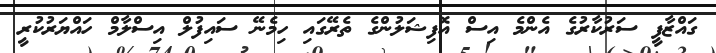
ގައްޒާފީ ސަރުކާރުގެ އެންމެ އިސް އޮފިޝަލުންގެ ތެރޭގައި ހިމެނޭ ސައިފުލް އިސްލާމް ހައްޔަރުކުރީ